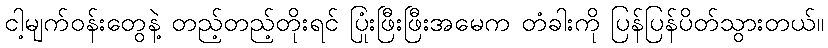
ငါ့မျက်ဝန်းတွေနဲ့ တည့်တည့်တိုးရင် ပြုံးဖြီးဖြီးအမေက တံခါးကို ပြန်ပြန်ပိတ်သွားတယ်။